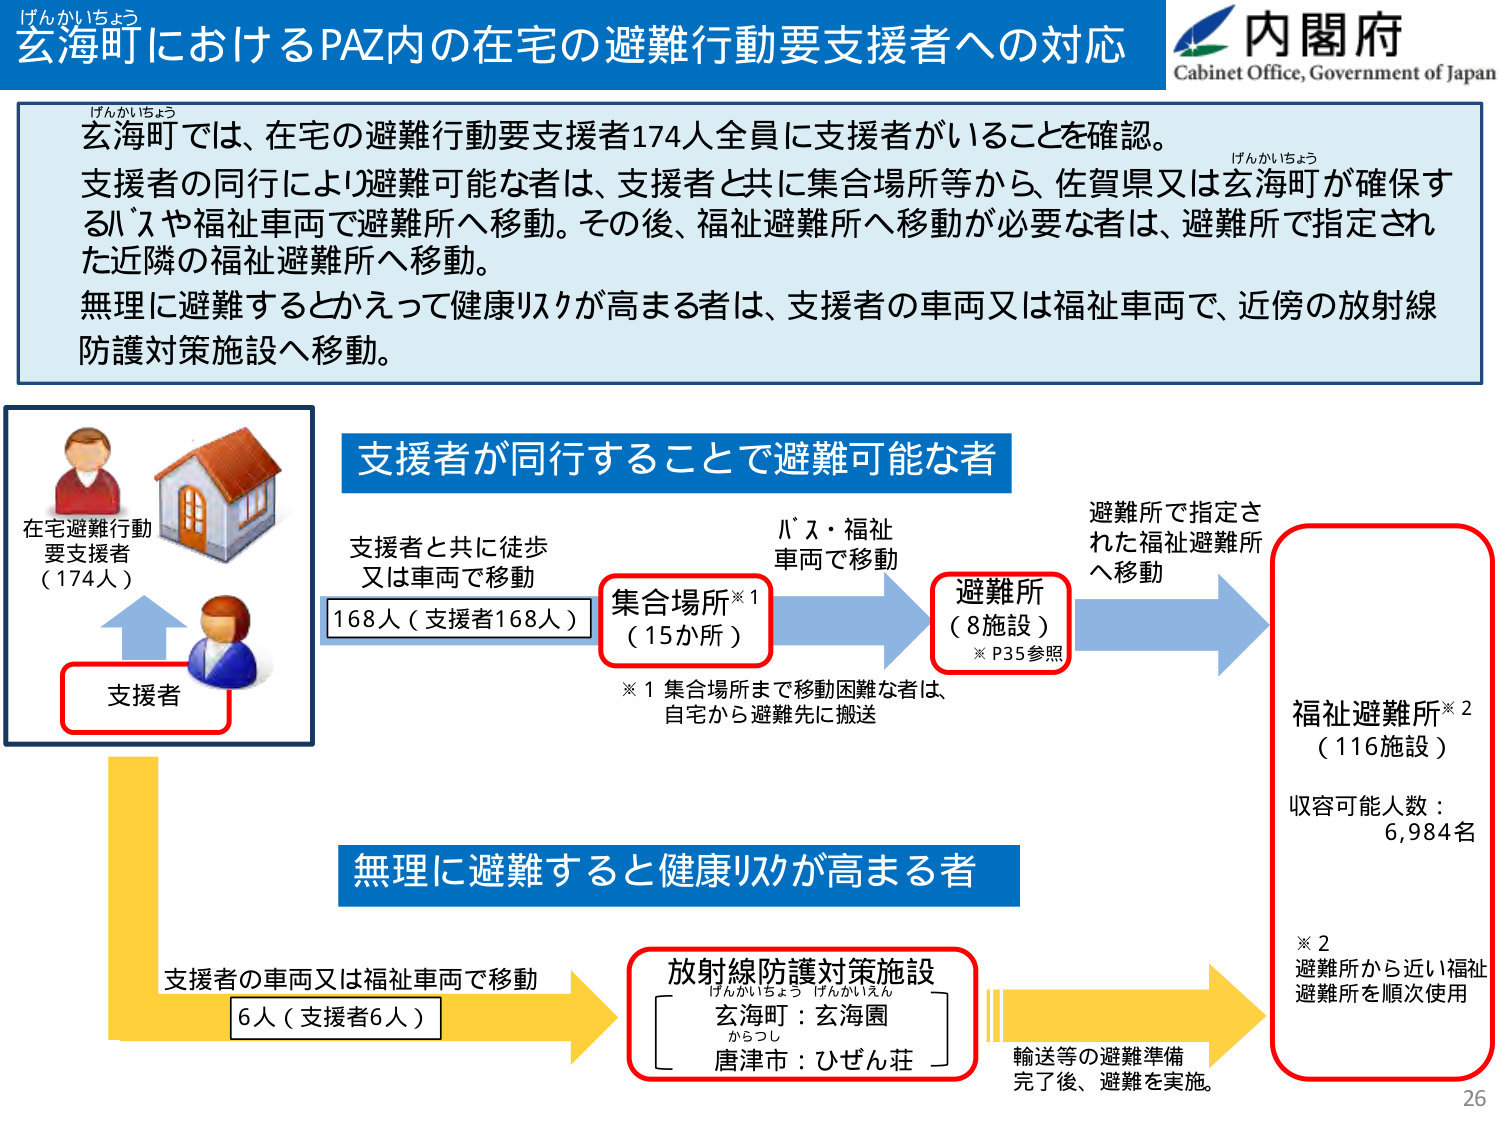
げんかいちょう
玄海町におけるPAZ内の在宅の避難行動要支援者への対応
内閣府
Cabinet Office, Government of Japan

げんかいちょう
玄海町では、在宅の避難行動要支援者174人全員に支援者がいることを確認。
支援者の同行により避難可能な者は、支援者と共に集合場所等から、佐賀県又は玄海町が確保するバスや福祉車両で避難所へ移動。その後、福祉避難所へ移動が必要な者は、避難所で指定された近隣の福祉避難所へ移動。
無理に避難するとかえって健康リスクが高まる者は、支援者の車両又は福祉車両で、近傍の放射線防護対策施設へ移動。

在宅避難行動
要支援者
（174人）
支援者

支援者が同行することで避難可能な者
支援者と共に徒歩
又は車両で移動
168人（支援者168人）
集合場所※1
（15か所）
※1 集合場所まで移動困難な者は、
自宅から避難先に搬送
バス・福祉
車両で移動
避難所
（8施設）
※P35参照
避難所で指定さ
れた福祉避難所
へ移動
福祉避難所※2
（116施設）
収容可能人数：
6,984名
※2
避難所から近い福祉
避難所を順次使用

無理に避難すると健康リスクが高まる者
支援者の車両又は福祉車両で移動
6人（支援者6人）
放射線防護対策施設
げんかいちょう げんかいえん
玄海町：玄海園
からつし
唐津市：ひぜん荘
輸送等の避難準備
完了後、避難を実施。

26